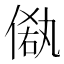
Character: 𠌁